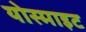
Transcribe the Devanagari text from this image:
योस्माइट